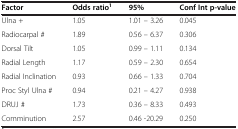
<table><thead><tr><td><b>Factor</b></td><td><b>Odds ratio<sup>1</sup></b></td><td><b>95%</b></td><td><b>Conf Int p-value</b></td></tr></thead><tbody><tr><td>Ulna +</td><td>1.05</td><td>1.01 – 3.26</td><td>0.045</td></tr><tr><td>Radiocarpal #</td><td>1.89</td><td>0.56 – 6.37</td><td>0.306</td></tr><tr><td>Dorsal Tilt</td><td>1.05</td><td>0.99 – 1.11</td><td>0.134</td></tr><tr><td>Radial Length</td><td>1.17</td><td>0.59 – 2.30</td><td>0.654</td></tr><tr><td>Radial Inclination</td><td>0.93</td><td>0.66 – 1.33</td><td>0.704</td></tr><tr><td>Proc Styl Ulna #</td><td>0.94</td><td>0.21 – 4.27</td><td>0.938</td></tr><tr><td>DRUJ #</td><td>1.73</td><td>0.36 – 8.33</td><td>0.493</td></tr><tr><td>Comminution</td><td>2.57</td><td>0.46 -20.29</td><td>0.250</td></tr></tbody></table>